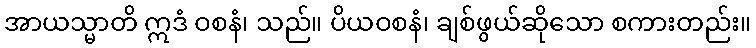
အာယသ္မာတိ ဣဒံ ဝစနံ၊ သည်။ ပိယဝစနံ၊ ချစ်ဖွယ်ဆိုသော စကားတည်း။